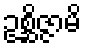
ဥစ္ဆိဇ္ဇာမိ